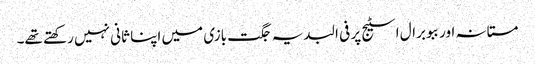
مستانہ اور ببو برال اسٹیج پر فی البدیہ جگت بازی میں اپنا ثانی نہیں رکھتے تھے۔